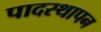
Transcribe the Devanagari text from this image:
पादस्थापन